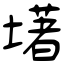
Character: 墸